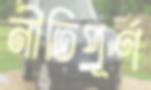
নীতিপূর্ণ